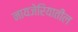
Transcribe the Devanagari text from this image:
नायजेरियातील